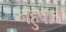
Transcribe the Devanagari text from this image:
नहुषाने